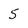
Character: 5